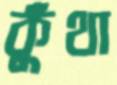
কুঁথা